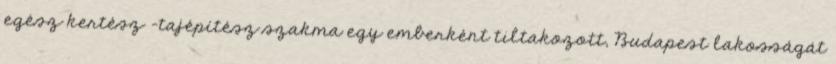
egész kertész -tajépítész szakma egy emberként tiltakozott, Budapest lakosságát